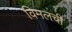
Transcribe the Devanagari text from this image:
विमलची